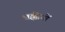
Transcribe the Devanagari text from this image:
चक्कीयों